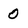
Character: 0